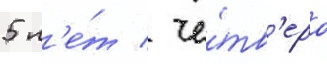
5 л'е́т / че́тв'еро